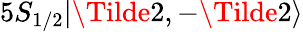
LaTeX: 5S_{1/2}|\Tilde{2},-\Tilde{2}\rangle